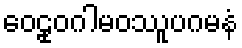
ဝေဠုဝဂါမဝဿူပဂမနံ